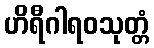
ဟိရီဂါရဝသုတ္တံ